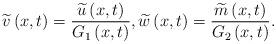
LaTeX: \begin{align*}\widetilde{v}\left( x,t\right) =\frac{\widetilde{u}\left( x,t\right) }{G_{1}\left( x,t\right) },\widetilde{w}\left( x,t\right) =\frac{\widetilde{m}\left( x,t\right) }{G_{2}\left( x,t\right) }. \end{align*}